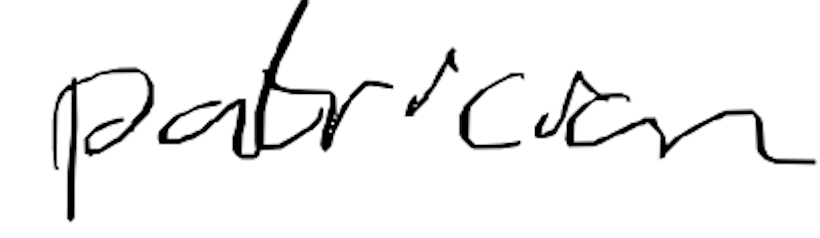
Text: patrician
Cross-out: clean
Writing tool: digital_black